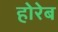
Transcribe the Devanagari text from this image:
होरेब